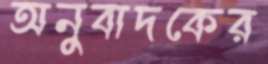
অনুবাদকের